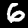
Digit: 6